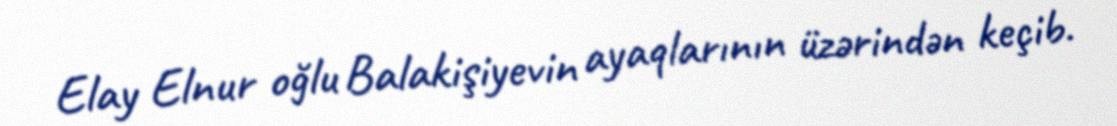
Elay Elnur oğlu Balakişiyevin ayaqlarının üzərindən keçib.